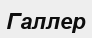
Галлер